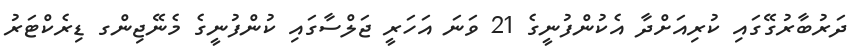
ދަރުބާރުގޭގައި ކުރިއަށްދާ އެކުންފުނީގެ 21 ވަނަ އަހަރީ ޖަލްސާގައި ކުންފުނީގެ މެނޭޖިންގ ޑިރެކްޓަރު